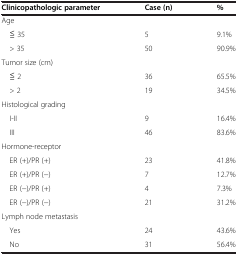
| Clinicopathologic parameter | Case (n) | % |
 | --- | --- | --- |
 | Age |  |  |
 | ≦ 35 | 5 | 9.1% |
 | > 35 | 50 | 90.9% |
 | Tumor size (cm) |  |  |
 | ≦ 2 | 36 | 65.5% |
 | > 2 | 19 | 34.5% |
 | Histological grading |  |  |
 | I-II | 9 | 16.4% |
 | III | 46 | 83.6% |
 | Hormone-receptor |  |  |
 | ER (+)/PR (+) | 23 | 41.8% |
 | ER (+)/PR (−) | 7 | 12.7% |
 | ER (−)/PR (+) | 4 | 7.3% |
 | ER (−)/PR (−) | 21 | 31.2% |
 | Lymph node metastasis |  |  |
 | Yes | 24 | 43.6% |
 | No | 31 | 56.4% |